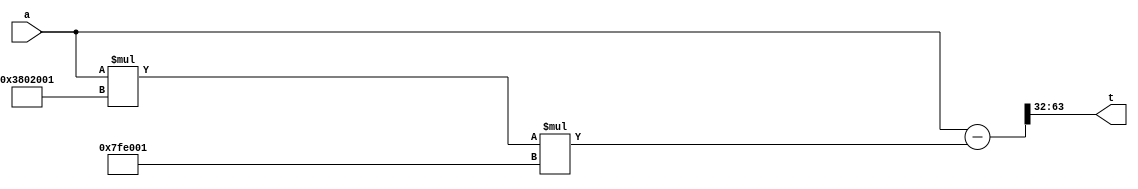
module montgomery_reduce(
    input signed [63:0] a,
    output signed [31:0]t
    );
	 wire signed [31:0] temp;
	 wire signed [63:0] temp2;
	 assign temp = a * 32'sd58728449;
	 assign temp2 = temp * 32'sd8380417;
	 assign t = (a - temp2) >> 32;
endmodule